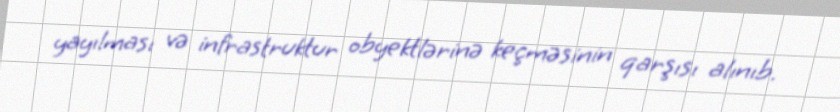
yayılması və infrastruktur obyektlərinə keçməsinin qarşısı alınıb.